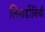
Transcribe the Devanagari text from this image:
लिनार्डोविंची